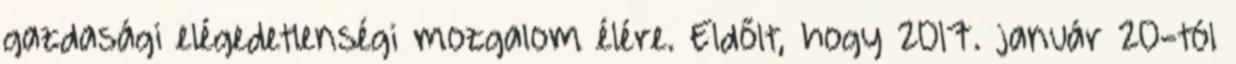
gazdasági elégedetlenségi mozgalom élére. Eldőlt, hogy 2017. január 20-tól